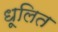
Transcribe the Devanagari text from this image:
धूलित